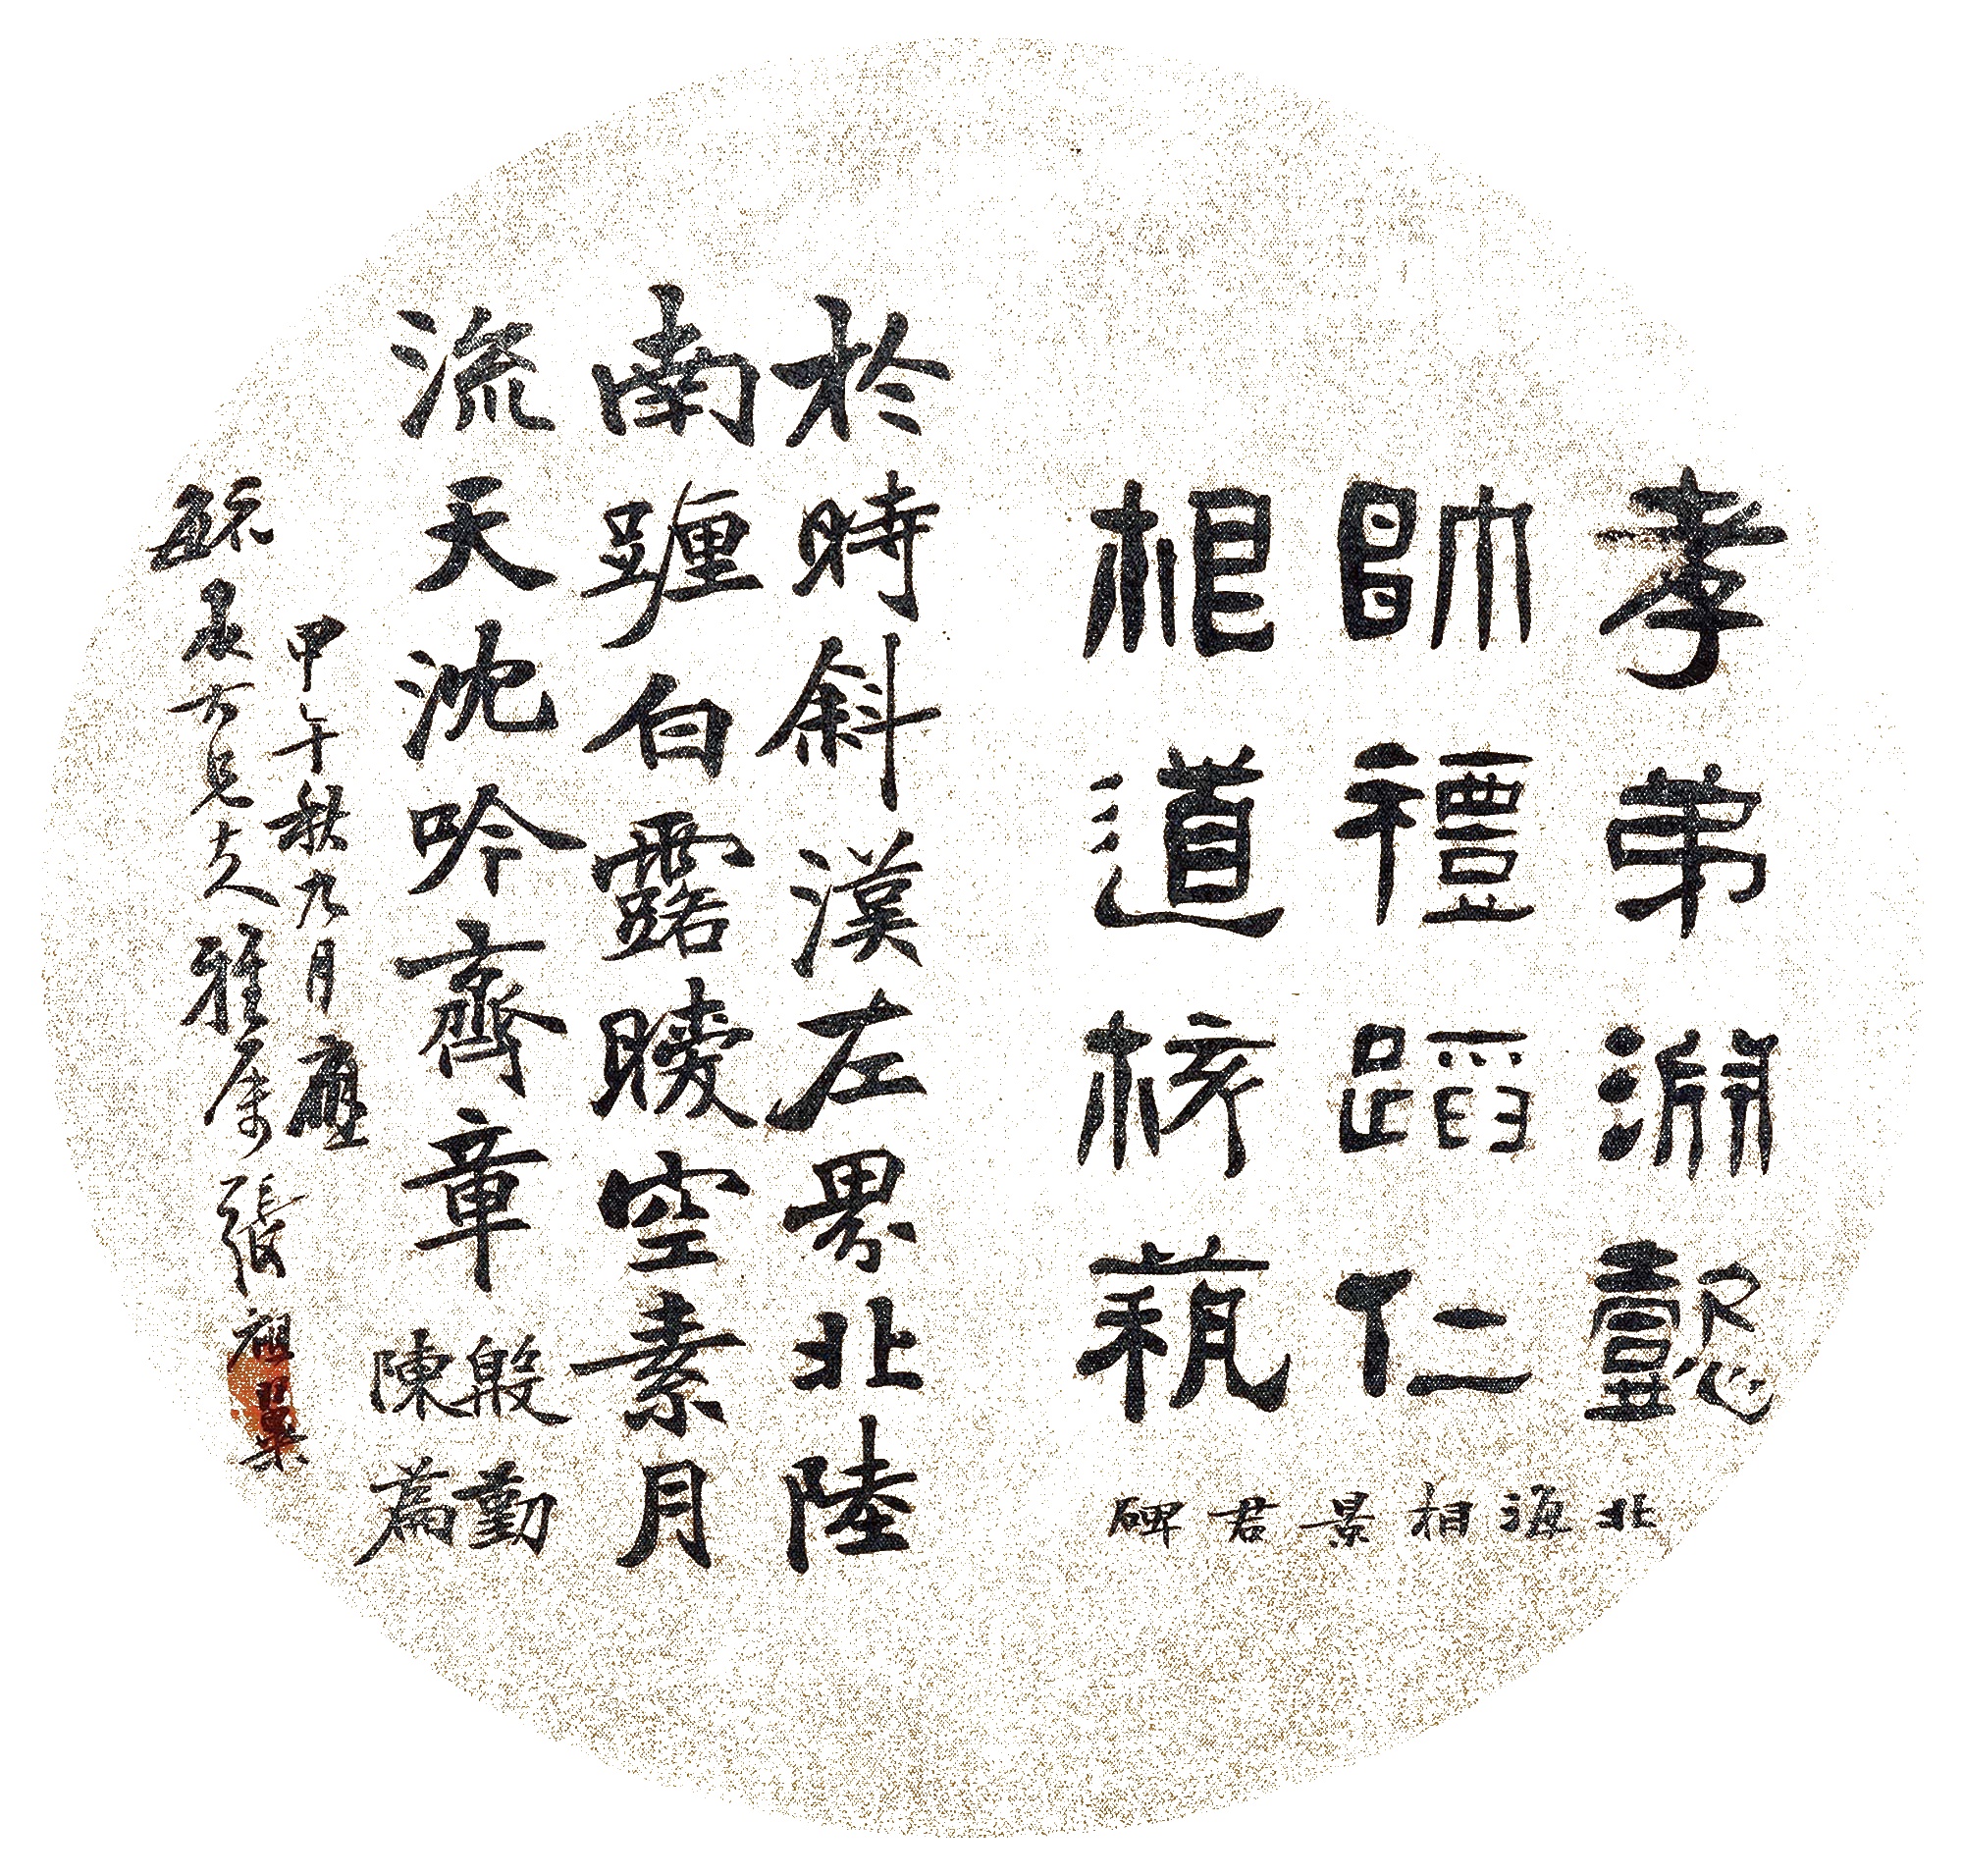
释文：孝弟渊懿，帅礼蹈仁，根道核艺。北海相景君碑。于时斜汉左界，北陆南躔，白露暧空，素月流天。沈吟齐章，殷勤陈篇。甲午（1894年）秋九月应毓泉大兄大人雅属，张祖翼。